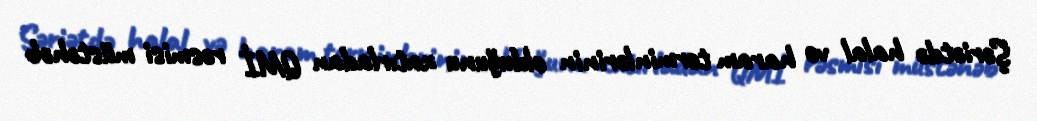
Şəriətdə halal və haram terminlərinin olduğunu xatırladan QMİ rəsmisi müstəhəb